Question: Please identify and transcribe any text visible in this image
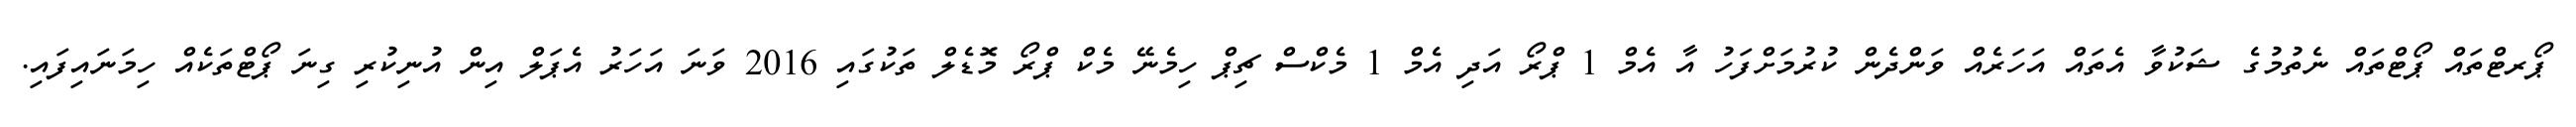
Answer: ޕޯރޓްތައް ޕޯޓްތައް ނެތުމުގެ ޝަކުވާ އެތައް އަހަރެއް ވަންދެން ކުރުމަށްފަހު އާ އެމް 1 ޕްރޯ އަދި އެމް 1 މެކްސް ޗިޕް ހިމެނޭ މެކް ޕްރޯ މޮޑެލް ތަކުގައި 2016 ވަނަ އަހަރު އެޕަލް އިން އުނިކުރި ގިނަ ޕޯޓްތަކެއް ހިމަނައިފައި.